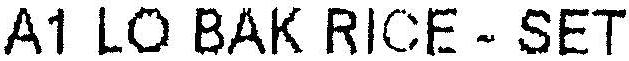
A1 LO BAK RICE - SET